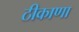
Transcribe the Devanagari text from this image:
ठीकाणा